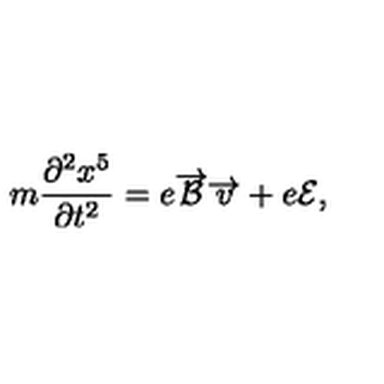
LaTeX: m \frac { \partial ^ { 2 } x ^ { 5 } } { \partial t ^ { 2 } } = e \overrightarrow { { \cal { B } } } \overrightarrow { v } + e { \cal { E } } ,